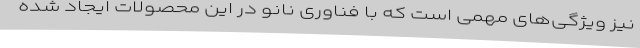
نیز ویژگی‌های مهمی است که با فناوری ‌نانو در این محصولات ایجاد شده